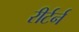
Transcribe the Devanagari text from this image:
रीर्टर्न